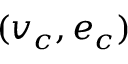
( v _ { c } , e _ { c } )